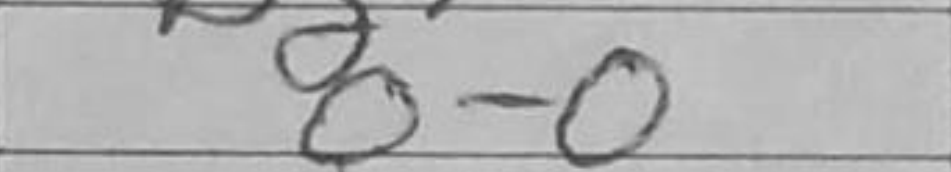
Transcription: O-O